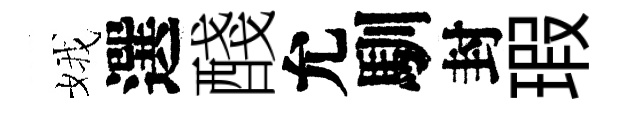
娥選醆允馴封瑕